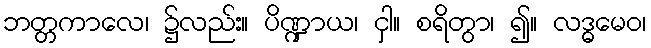
ဘတ္တကာလေ၊ ၌လည်း။ ပိဏ္ဍာယ၊ ငှါ။ စရိတွာ၊ ၍။ လဒ္ဓမေဝ၊